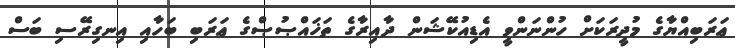
ޢަރަބިއްޔާގެ މުދީރަކަށް ހުންނަންވީ އެޑިއުކޭޝަން ދާއިރާގެ ތަޚައްޞުޞްގެ ޢަރަބި ބަހާއި އިނގިރޭސި ބަސް